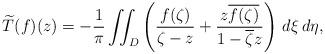
LaTeX: \begin{align*}\widetilde{T}(f)(z) = -\frac{1}{\pi} \iint_D \left(\frac{f(\zeta)}{\zeta - z} + \frac{z\overline{f(\zeta)}}{1-\overline{\zeta}z} \right)\, d\xi\,d\eta,\end{align*}